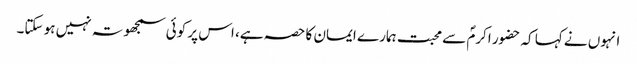
انہوں نے کہا کہ حضور اکرمؐ سے محبت ہمارے ایمان کا حصہ ہے، اس پر کوئی سمجھوتہ نہیں ہو سکتا۔